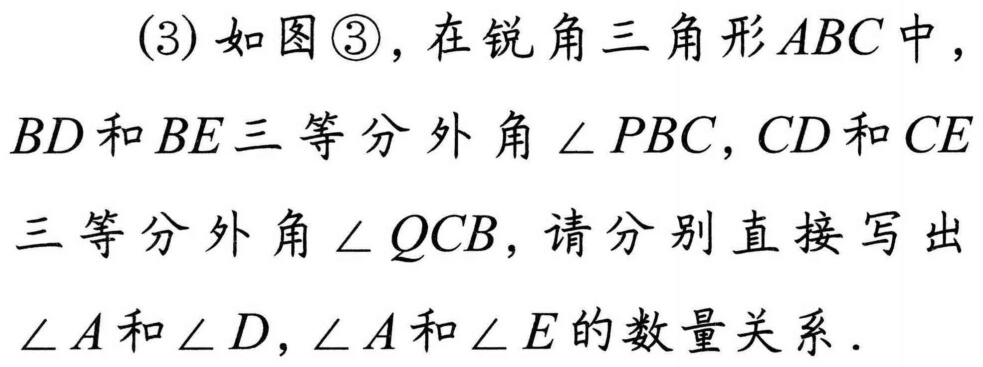
(3)如图\textcircled{3}，在锐角三角形\(ABC\)中，\(BD\)和\(BE\)三等分外角\(\angle PBC\)，\(CD\)和\(CE\)三等分外角\(\angle QCB\)，请分别直接写出\(\angle A\)和\(\angle D\)，\(\angle A\)和\(\angle E\)的数量关系.